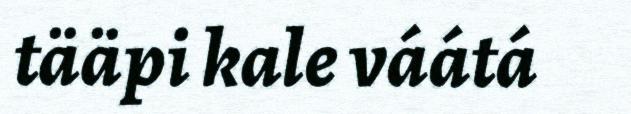
tääpi kale váátá